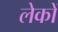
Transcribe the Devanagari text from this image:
लेकों